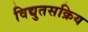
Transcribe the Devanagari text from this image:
विद्युतसक्रिय